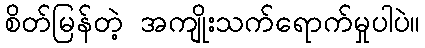
စိတ်မြန်တဲ့ အကျိုးသက်ရောက်မှုပါပဲ။